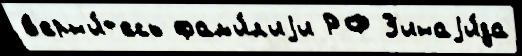
в'ерн'и́т'есь фам'и́л'иjи РФ З'инаjи́да